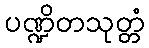
ပဏ္ဍိတသုတ္တံ